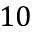
1 0